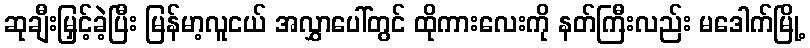
ဆုချီးမြှင့်ခဲ့ပြီး မြန်မာ့လူငယ် အလွှာပေါ်တွင် ထိုကားလေးကို နတ်ကြီးလည်း မဒေါက်မြို့